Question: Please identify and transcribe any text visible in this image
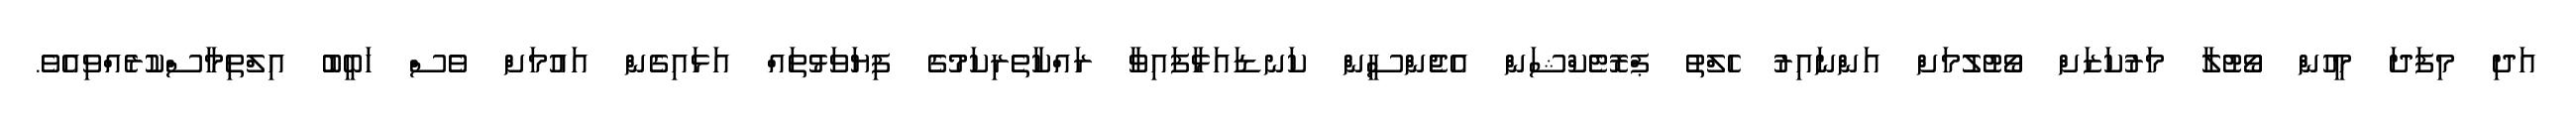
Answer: އަދި މިފަދަ މީހުން ވޯޓުލާ މަރުކަޒަށް ވޯޓުލުމަށް އަންނައިރު ހެލްތު ޕްރޮޓެކްޝަން އެޖެންސީން ކަނޑައަޅާފައިވާ ރައްކާތެރިކަމުގެ ފިޔަވަޅުތައް އަޅައިގެން އައުމަށް ވެސް ހަބީބު އިލްތިމާސްކުރެއްވިއެވެ.